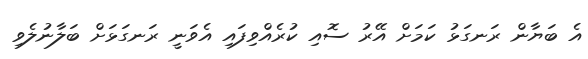
އެ ބަޔާން ރަނގަޅު ކަމަށް އޭރު ސޮއި ކުރެއްވިފައި އެވަނީ ރަނގަޅަށް ބަލާނުލެވި